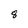
Character: 8